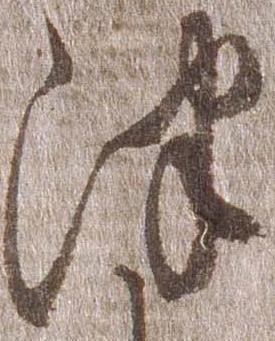
津